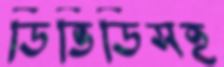
ডিভিডিসহ